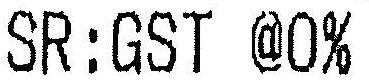
SR:GST @0%